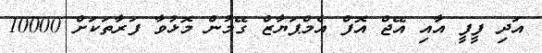
އަދި ފީފީ އާއި އޭޖް އޮފް އެމްޕަޔާޒް ގޭމުން މޮޅުވާ ފަރާތަކަށް 10000